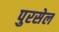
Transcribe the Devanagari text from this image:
पुरसेल